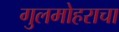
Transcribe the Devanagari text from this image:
गुलमोहराचा